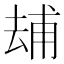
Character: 𠬃